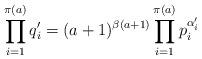
LaTeX: \begin{align*} \prod_{i = 1}^{\pi(a)} q_i' = (a + 1)^{\beta(a + 1)}\prod_{i = 1}^{\pi(a)}p_i^{\alpha_i'} \end{align*}